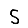
Digit: 5